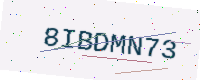
Text: 8IBDMN73